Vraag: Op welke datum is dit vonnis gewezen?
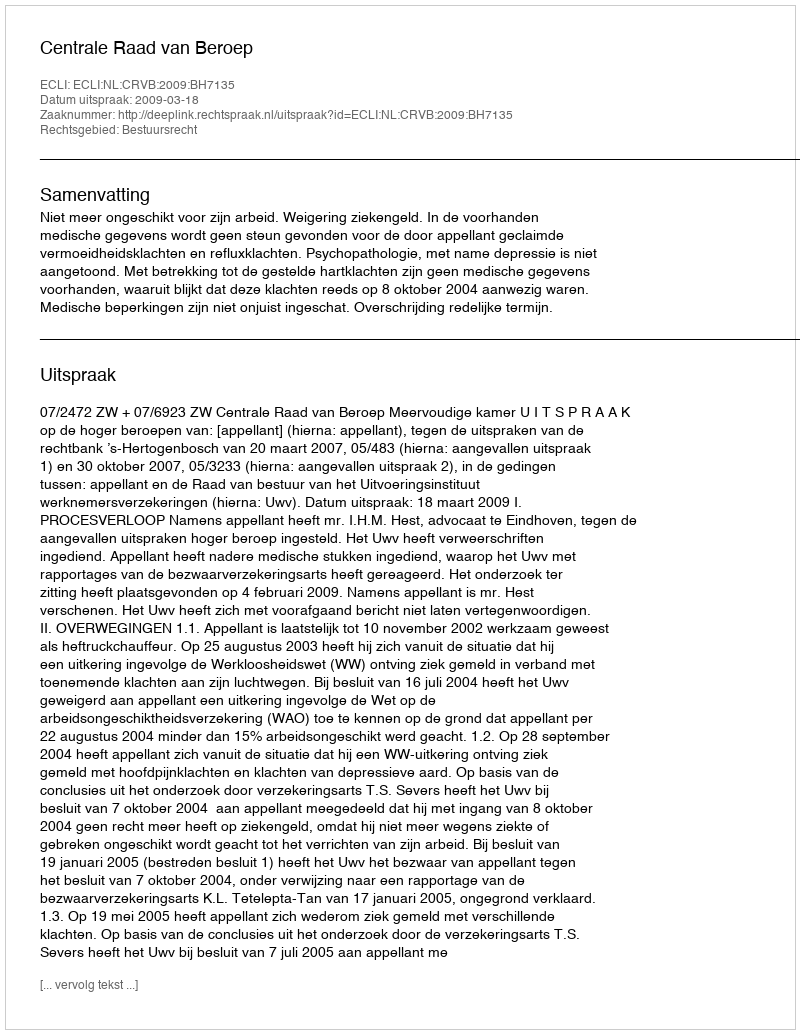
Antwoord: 2009-03-18